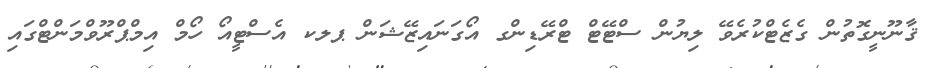
ޤާނޫނީގޮތުން ގެޒެޓްކުރެވޭ ލިޔުން ސްޓޭޓް ޓްރޭޑިންގ އޯގަނައިޒޭޝަން ޕލކ އެސްޓީއޯ ހޯމް އިމްޕްރޫވްމަންޓްގައި